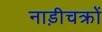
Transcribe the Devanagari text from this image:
नाड़ीचक्रों